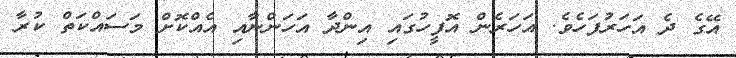
އޭގެ ދެ އަހަރުފަހެވެ. އަހަރެން އޮފީހުގައި އިންދާ އަހަންނާއި އެއްކޮށް މަސައްކަތް ކުރާ